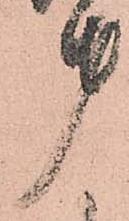
第